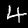
Label: 4